Report on vaccination in Madras 1877-1894 - 1877-1894
Year: 1877
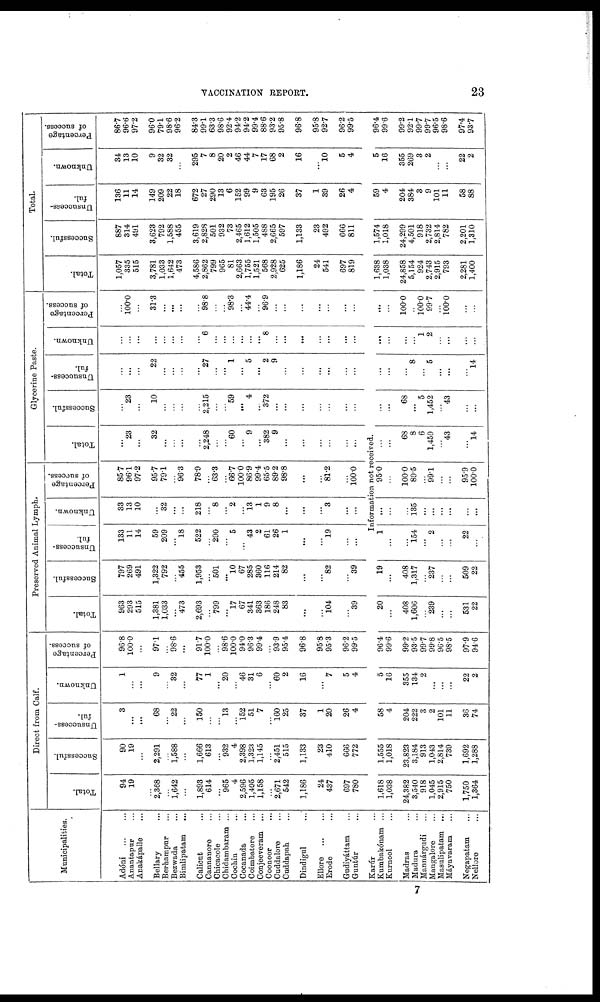
VACCINATION REPORT.
23
Municipalities.
Adóni
...
...
Anantapar ...
Anakápalle ...
Bellary ...
Berhampur ...
Bezwada ...
Bimlipatam
...
Calicut ...
Cannanore ...
Chicacole ...
Chidambaram ...
Cochin ...
Cocanada ...
Coimbatore ...
Conjeeveram ...
Coonoor ...
Cuddalore ...
Cuddapah ...
Dindigul ...
Ellore
...
...
Erode
Gudiyáttam ...
Guntúr ...
Karúr ...
Kumbakónam ...
Kurnool ...
Madras ...
Madura ...
Mannárgudi ...
Mangalore ...
Masulipatam ...
Máyavaram ...
Negapatam ...
Nellore ...
Direct from Calf.
Total.
94
19
...
2,368
...
1,642
...
1,893
614
...
965
4
2,596
1,405
1,158
...
2,671
542
1,186
24
437
697
780
Successful.
90
19
...
2,291
...
1,588
...
1,666
613
...
932
4
2,398
1,323
1,145
...
2,451
515
1,133
23
410
666
772
Unsuccess-
ful.
3
...
...
68
...
22
...
150
...
...
13
...
152
51
7
...
160
25
37
1
20
26
4
Unknown.
1
...
...
9
...
32
...
77
1
...
20
...
46
31
6
...
60
2
16
...
7
5
4
Percentage
of success.
96.8
100.0
...
97.1
...
98.6
...
91.7
100.0
...
98.6
100.0
94.0
96.3
99.4
...
93.9
95.4
96.8
95.8
95.3
96.2
99.5
Preserved Animal Lymph.
Total.
963
293
515
1,381
1,033
...
473
2,693
...
799
...
17
67
341
363
186
248
83
...
...
104
...
39
Successful.
797
269
491
1,322
792
...
455
1,953
...
501
...
10
67
285
360
116
214
82
...
...
82
...
39
Unsuccess-
ful.
133
11
14
59
209
...
18
522
...
290
...
5
...
43
2
61
26
1
...
...
19
...
...
Unknown.
33
13
10
...
32
...
...
218
...
8
...
2
...
13
1
9
8
...
...
...
3
...
...
Percentage
of success.
85.7
96.1
97.2
95.7
79.1
...
96.3
78.9
...
63.3
...
66.7
100.0
86.9
99.4
65.5
89.2
98.8
...
...
81.2
...
100.0
Glycerine Paste.
Total.
...
23
...
32
...
...
...
...
2,248
...
...
60
...
9
...
382
9
...
...
...
...
...
...
Successful.
...
23
...
10
...
...
...
...
2,215
...
...
59
...
4
...
372
...
...
...
...
...
...
...
Unsuccess-
ful.
...
...
...
22
...
...
...
...
27
...
...
1
...
5
...
2
9
...
...
...
...
...
...
Unknown.
...
...
...
...
...
...
...
...
6
...
...
...
...
...
...
8
...
...
...
...
...
...
...
Percentage
of success.
...
100.0
...
31.3
...
...
...
...
98.8
...
...
98.3
...
44.4
...
96.9
...
...
...
...
...
...
...
Total.
Total.
1,057
335
515
3,781
1,033
1,642
473
4,586
2,862
799
965
81
2,663
1,755
1,521
568
2,928
625
1,186
24
541
697
819
Successful.
887
314
491
3,623
792
1,588
455
3,619
2,828
501
932
73
2,465
1,612
1,505
488
2,665
597
1,133
23
492
666
811
Unsuccess-
ful.
136
11
14
149
209
22
18
672
27
290
13
6
152
99
9
63
195
26
37
1
39
26
4
Unknown.
34
13
10
9
32
32
...
295
7
8
20
2
46
44
7
17
68
2
16
...
10
5
4
Percentage
of success.
86.7
96.6
97.2
96.0
79.1
98.6
96.2
84.3
99.1
63.3
98.6
92.4
94.2
94.2
99.4
88.6
93.2
95.8
96.8
95.8
92.7
96.2
99.5
Information not received.
1,618
1,038
24,382
3,540
918
1,045
2,915
750
1,750
1,364
1,555
1,018
23,823
3,184
913
1,043
2,814
739
1,692
1,288
58
4
204
222
3
2
101
11
36
74
5
16
355
134
2
...
...
...
22
2
96.4
99.6
99.2
93.5
99.7
99.8
96.5
98.5
97.9
94.6
20
...
408
1,606
...
239
...
...
531
22
19
...
408
1,317
...
237
...
...
509
22
1
...
...
154
...
2
...
...
22
...
...
...
...
135
...
...
...
...
...
...
95.0
...
100.0
89.5
...
99.1
...
...
95.9
100.0
...
...
68
8
6
1,459
...
43
...
14
...
...
68
...
5
1,452
...
43
...
...
...
...
...
8
...
5
...
...
...
l4
...
...
...
...
1
2
...
...
...
...
...
...
100.0
...
100.0
99.7
...
100.0
...
...
1,638
1,038
24,858
5,154
924
2,743
2,915
793
2,281
1,400
1,574
1,018
24,299
4,501
918
2,732
2,814
782
2,201
1,310
59
4
204
384
3
9
101
11
58
88
5
16
355
269
3
2
...
...
22
2
96.4
99.6
99.2
92.1
99.7
99.7
96.5
98.6
97.4
93.7
7